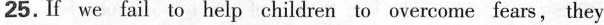
25. If we fail to help children to overcome fears, they